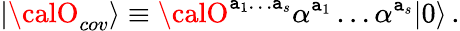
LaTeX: |{\calO}_{cov}\rangle\equiv{\calO}^{\mathtt{a}_{1}\ldots\mathtt{a}_{s}}\alpha^{\mathtt{a}_{1}}\ldots\alpha^{\mathtt{a}_{s}}|0\rangle\, .